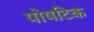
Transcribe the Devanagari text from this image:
पोषटिक